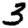
Digit: 3